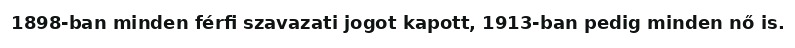
1898-ban minden férfi szavazati jogot kapott, 1913-ban pedig minden nő is.